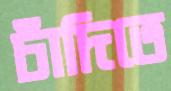
চাঁদিতে